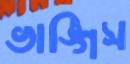
ভাঙ্গিস